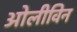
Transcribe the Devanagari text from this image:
ओलीविन